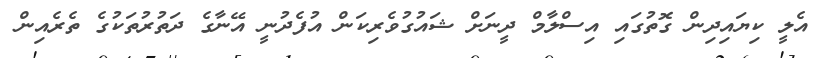
އެލީ ކިޔައިދިން ގޮތުގައި އިސްލާމް ދީނަށް ޝައުގުވެރިކަން އުފެދުނީ އޭނާގެ ދަތުރުތަކުގެ ތެރެއިން